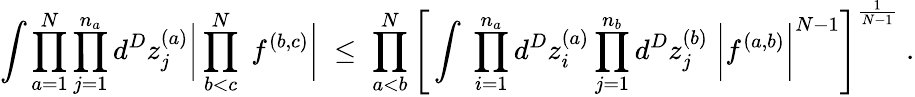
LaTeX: \int\prod_{a=1}^{N}\prod_{j=1}^{n_{a}}d^{D}z_{j}^{(a)}\bigg|\prod_{b<c}^{N}\; f^{(b,c)}\bigg|\; \leq\; \prod_{a<b}^{N}\Bigg[\int\; \prod_{i=1}^{n_{a}}d^{D}z_{i}^{(a)}\prod_{j=1}^{n_{b}}d^{D}z_{j}^{(b)}\; \bigg|f^{(a,b)}\bigg|^{N-1}\Bigg]^{\frac{1}{N-1}}\; .